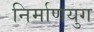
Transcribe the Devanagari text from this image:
निर्माणयुग